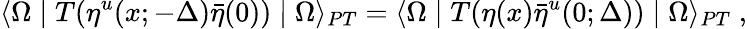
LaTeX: \langle\Omega\mid T(\eta^{u}(x;-\Delta){\bar{\eta}(0)})\mid\Omega\rangle_{PT}=\langle\Omega\mid T(\eta(x){\bar{\eta}}^{u}(0;\Delta))\mid\Omega\rangle_{PT}\; ,